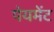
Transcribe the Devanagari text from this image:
पेयमेंट